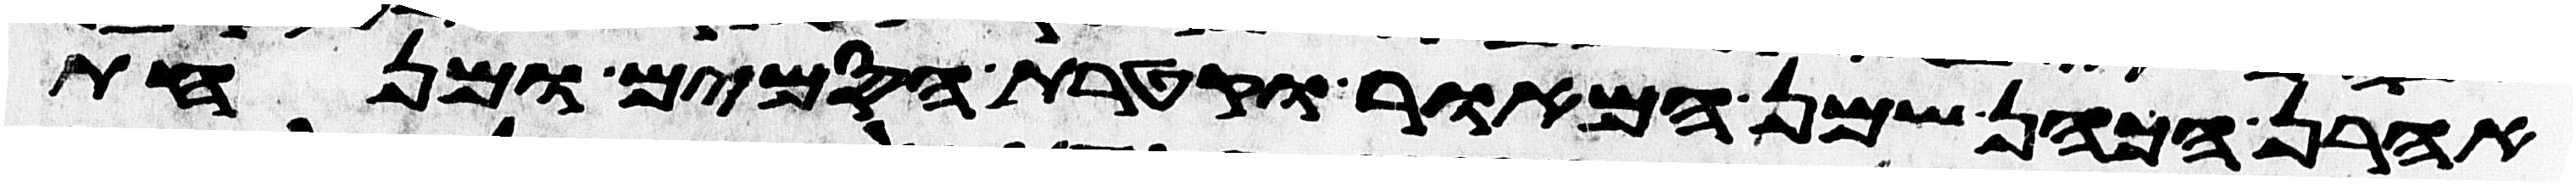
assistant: אהרן הכהן שמן המאור וקטרת הסמים ומנחת